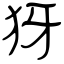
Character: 犽